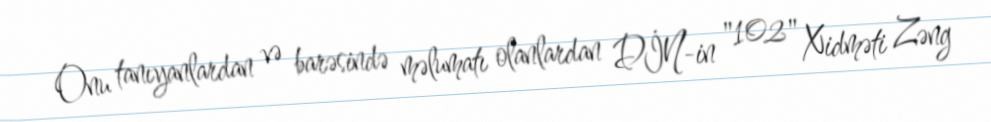
Onu tanıyanlardan və barəsində məlumatı olanlardan DİN-in "102" Xidməti Zəng